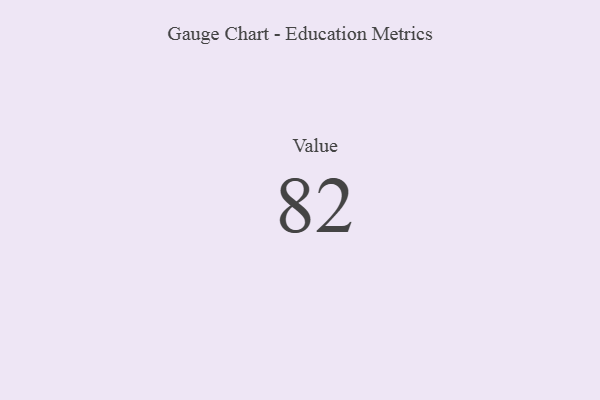
{"axis": {"x": "Metric", "y": "Value"}, "legend": [""], "data": [{"x": "Value", "y": 82, "type": ""}]}